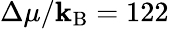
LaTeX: \Delta\mu/\mathbf{k}_{\mathrm{{B}}}=122